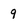
Character: 9